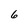
Character: 6